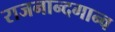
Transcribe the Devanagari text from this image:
राजनान्दगान्व